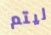
ليتم